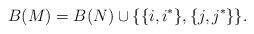
LaTeX: \begin{align*}B(M)=B(N)\cup\{\{i,i^*\}, \{j,j^*\}\}.\end{align*}